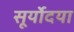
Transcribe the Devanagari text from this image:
सूर्योदया